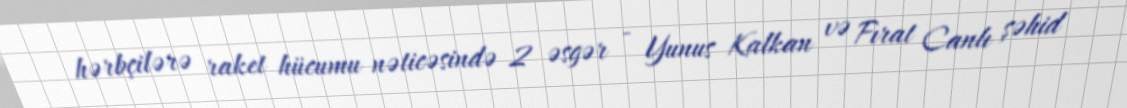
hərbçilərə raket hücumu nəticəsində 2 əsgər - Yunus Kalkan və Fırat Canlı şəhid